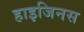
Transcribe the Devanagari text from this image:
हाइजिनस